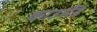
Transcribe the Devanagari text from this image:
काउसैंड